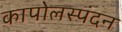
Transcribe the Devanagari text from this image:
कापोलस्पंदन